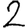
Digit: 2